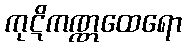
ကုဋိကဏ္ဏထေရော